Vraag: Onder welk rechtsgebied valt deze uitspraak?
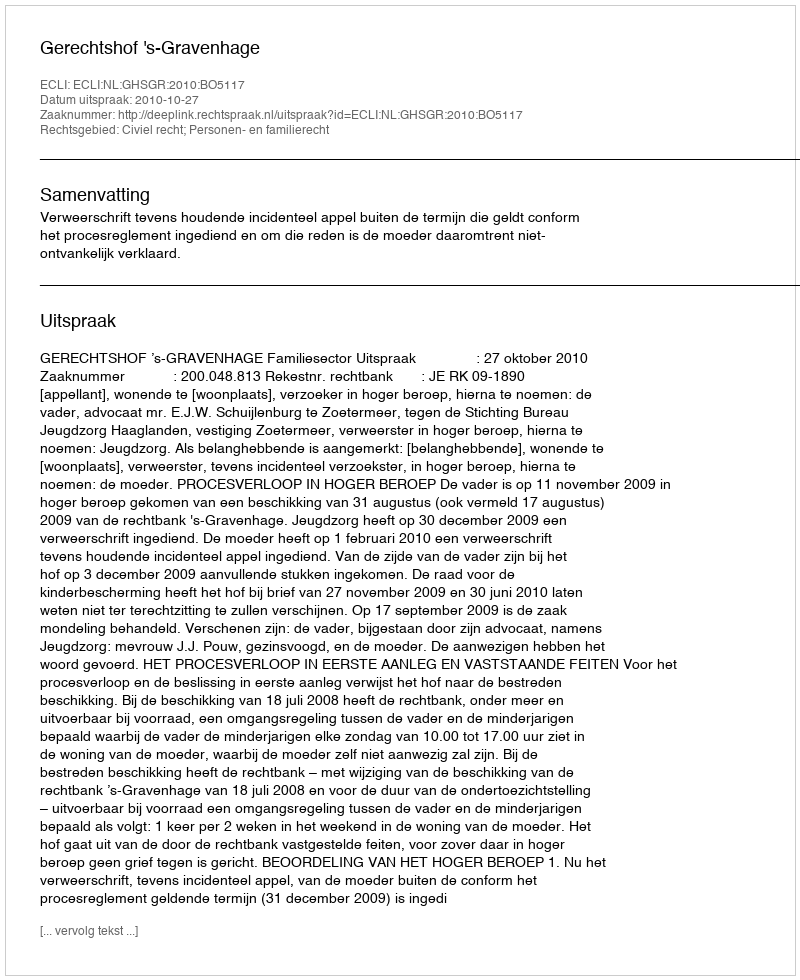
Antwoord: Civiel recht; Personen- en familierecht